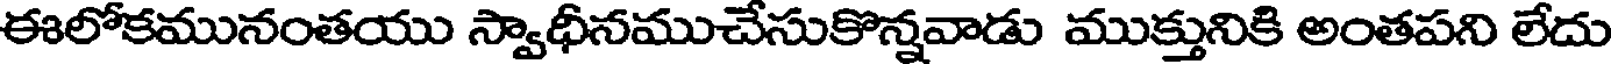
ఈలోకమునంతయు స్వాధీనముచేసుకొన్నవాడు ముక్తునికి అంతపని లేదు